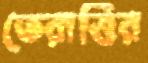
তেরাত্তির